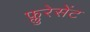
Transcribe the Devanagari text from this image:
फ्लुरेसेंट